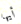
أيها